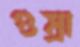
গুম্‌রা